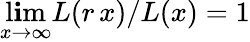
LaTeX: \operatorname*{l\mathbf{i}m}_{x\rightarrow\infty}L(r\, x)/L(x)=1